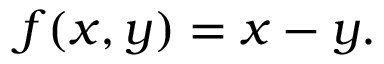
f ( x , y ) = x - y .